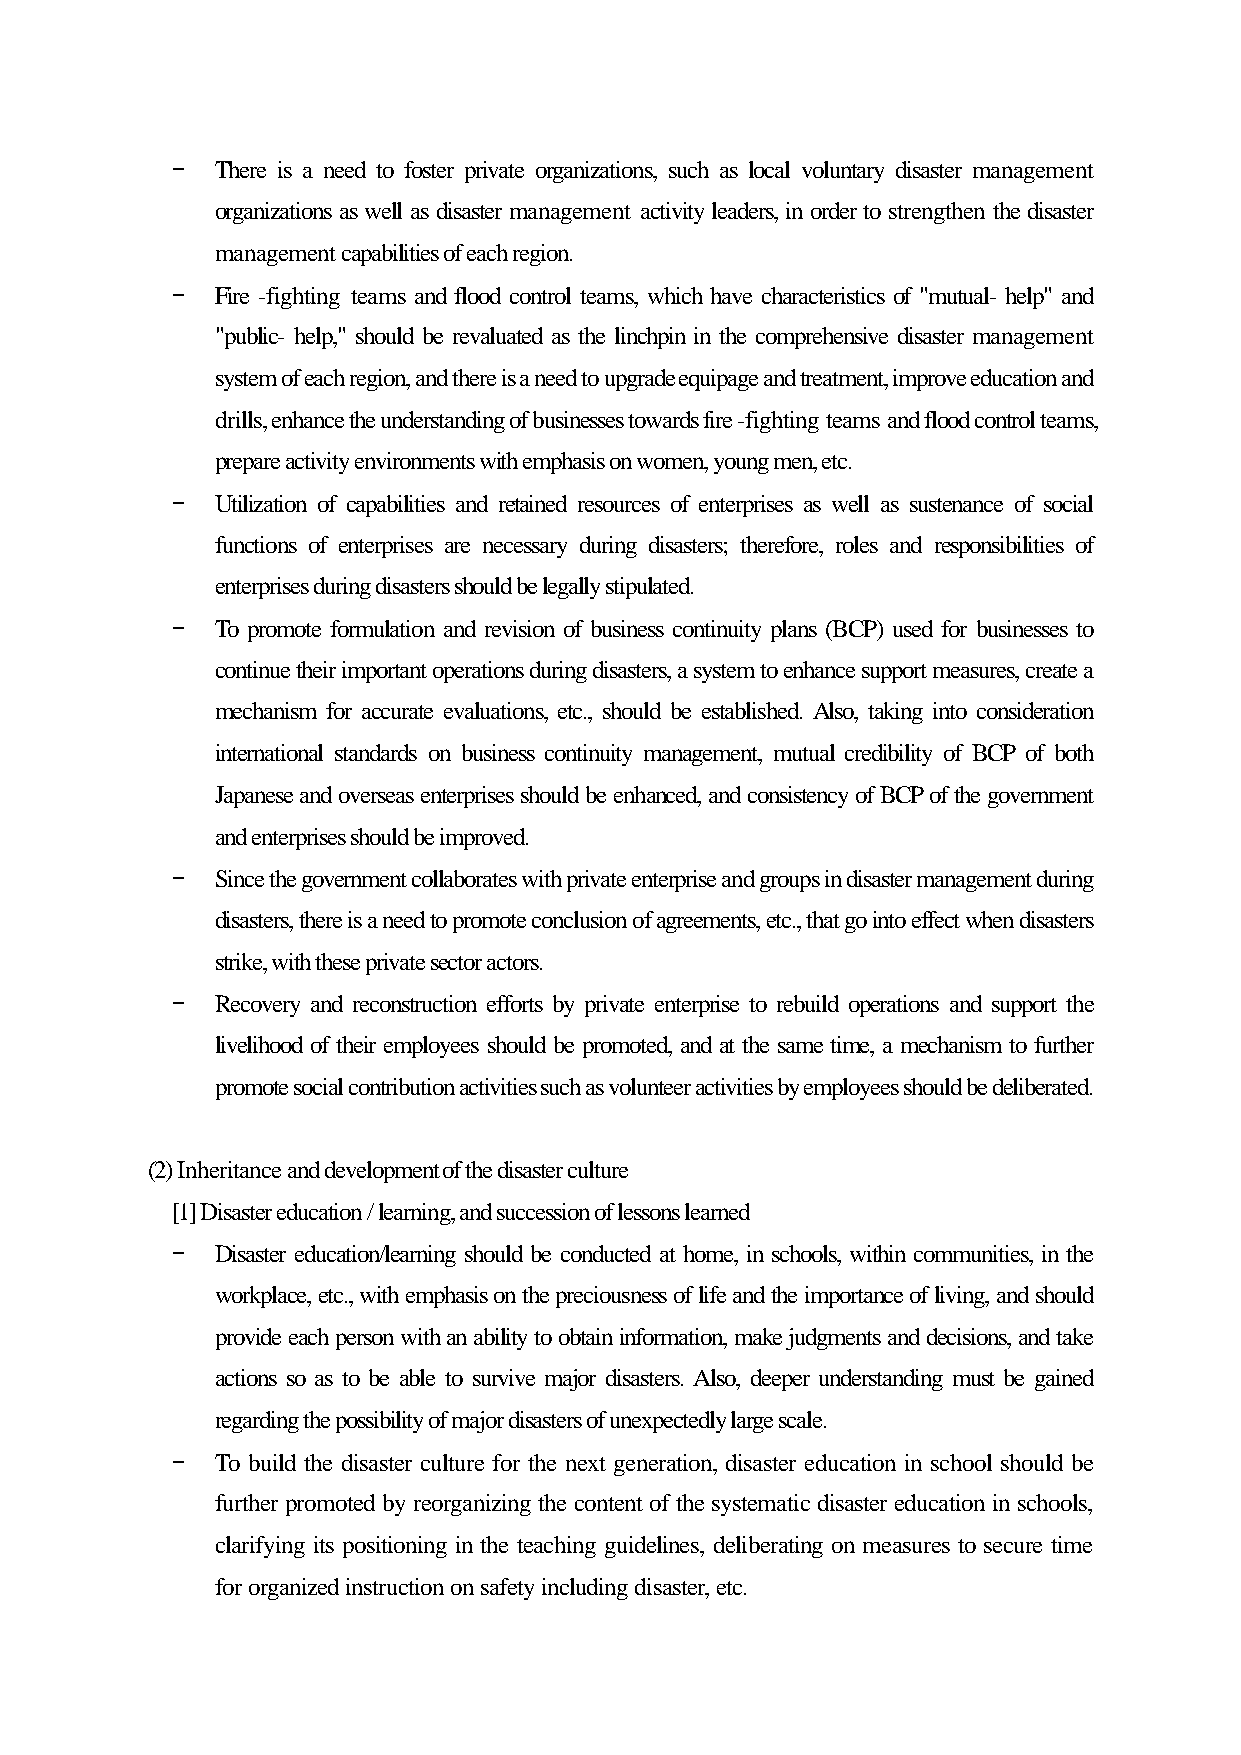
-  There is a need to foster private organizations, such as local voluntary disaster management
 organizations as well as disaster management activity leaders, in order to strengthen the disaster
 management capabilities of each region.
 -  Fire -fighting teams and flood control teams, which have characteristics of "mutual- help" and
 "public- help," should be revaluated as the linchpin in the comprehensive disaster management
 system of each region, and there is a need to upgrade equipage and treatment, improve education and
 drills, enhance the understanding of businesses towards fire -fighting teams and flood control teams,
 prepare activity environments with emphasis on women, young men, etc.
 -  Utilization of capabilities and retained resources of enterprises as well as sustenance of social
 functions of enterprises are necessary during disasters; therefore, roles and responsibilities of
 enterprises during disasters should be legally stipulated.
 -  To promote formulation and revision of business continuity plans (BCP) used for businesses to
 continue their important operations during disasters, a system to enhance support measures, create a
 mechanism for accurate evaluations, etc., should be established. Also, taking into consideration
 international standards on business continuity management, mutual credibility of BCP of both
 Japanese and overseas enterprises should be enhanced, and consistency of BCP of the government
 and enterprises should be improved.
 -  Since the government collaborates with private enterprise and groups in disaster management during
 disasters, there is a need to promote conclusion of agreements, etc., that go into effect when disasters
 strike, with these private sector actors.
 -  Recovery and reconstruction efforts by private enterprise to rebuild operations and support the
 livelihood of their employees should be promoted, and at the same time, a mechanism to further
 promote social contribution activities such as volunteer activities by employees should be deliberated.
 (2) Inheritance and development of the disaster culture
 [1] Disaster education / learning, and succession of lessons learned
 -  Disaster education/learning should be conducted at home, in schools, within communities, in the
 workplace, etc., with emphasis on the preciousness of life and the importance of living, and should
 provide each person with an ability to obtain information, make judgments and decisions, and take
 actions so as to be able to survive major disasters. Also, deeper understanding must be gained
 regarding the possibility of major disasters of unexpectedly large scale.
 -  To build the disaster culture for the next generation, disaster education in school should be
 further promoted by reorganizing the content of the systematic disaster education in schools,
 clarifying its positioning in the teaching guidelines, deliberating on measures to secure time
 for organized instruction on safety including disaster, etc.